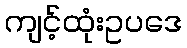
ကျင့်ထုံးဥပဒေ